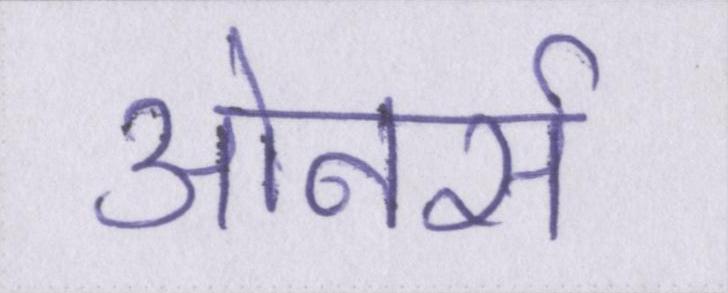
ओनर्स